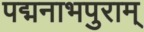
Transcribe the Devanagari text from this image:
पद्मनाभपुराम्